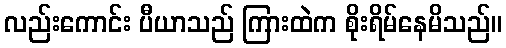
လည်းကောင်း ပီယာသည် ကြားထဲက စိုးရိမ်နေမိသည်။